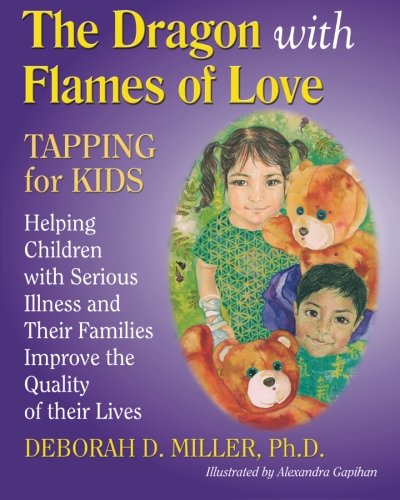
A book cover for The Dragon with Flames of Love: TAPPING for KIDS; Deborah D. Miller; Health, Fitness & Dieting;